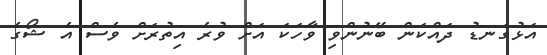
އަޅުގަނޑު ދައްކަން ބޭނުންވި ވާހަކަ އަށް ވުރެ އިތުރަށް ވެސް އެ ޝޯގެ